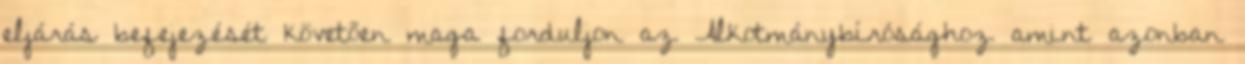
eljárás befejezését követően maga forduljon az Alkotmánybírósághoz amint azonban